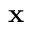
\bf x